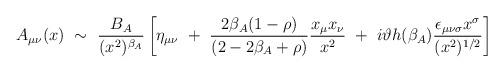
LaTeX: \begin{align*}A_{\mu\nu}(x) ~\sim~ \frac{B_A}{(x^2)^{\beta_A}} \left[ \eta_{\mu\nu} ~+~\frac{2\beta_A(1-\rho)}{(2-2\beta_A+\rho)} \frac{x_\mu x_\nu}{x^2} ~+~i \vartheta h(\beta_A) \frac{\epsilon_{\mu\nu\sigma} x^\sigma}{(x^2)^{1/2}}\right]\end{align*}